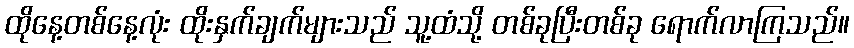
ထိုနေ့တစ်နေ့လုံး ထိုးနှက်ချက်များသည် သူ့ထံသို့ တစ်ခုပြီးတစ်ခု ရောက်လာကြသည်။